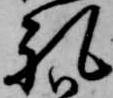
礼